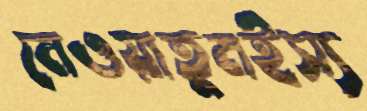
নেওয়াতুমইস্য